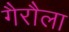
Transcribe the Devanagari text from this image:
गैरौला